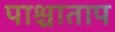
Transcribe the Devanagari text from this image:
पाश्चाताप